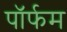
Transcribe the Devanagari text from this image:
पॉर्फम